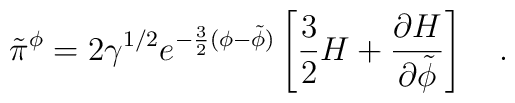
\tilde{\pi}^{\phi}=2\gamma^{1/2}e^{-\frac{3}{2}(\phi-\tilde{\phi})}\left[ \frac{3}{2}H+\frac{\partial H}{\partial \tilde{\phi}} \right] ~~~.